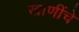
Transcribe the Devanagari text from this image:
खाणींचे